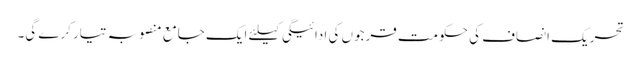
تحریک انصاف کی حکومت قرجوں کی ادائیگی کیلئے ایک جامع منصوبہ تیار کرے گی۔